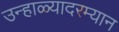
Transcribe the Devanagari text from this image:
उन्हाळ्यादरम्यान